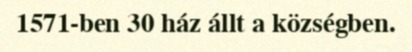
1571-ben 30 ház állt a községben.